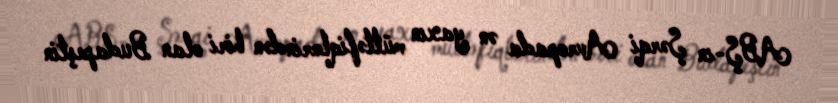
ABŞ-ın Şərqi Avropada ən yaxın müttəfiqlərindən biri olan Budapeştin